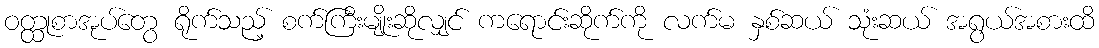
ဝတ္ထုစာအုပ်တွေ ရိုက်သည့် စက်ကြီးမျိုးဆိုလျှင် ကရောင်းဆိုက်ကို လက်မ နှစ်ဆယ် သုံးဆယ် အရွယ်အစားထိ